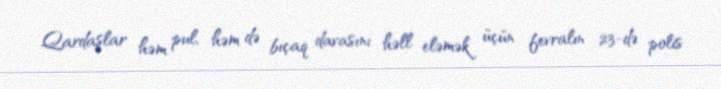
Qardaşlar həm pul, həm də bıçaq davasını həll eləmək üçün fevralın 23-də polis